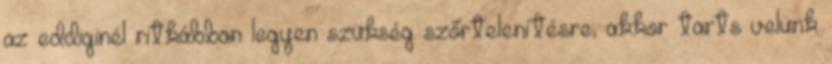
az eddiginél ritkábban legyen szükség szőrtelenítésre, akkor tarts velünk